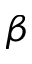
\beta